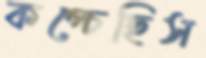
কপ্‌চেছিস